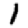
Digit: 1